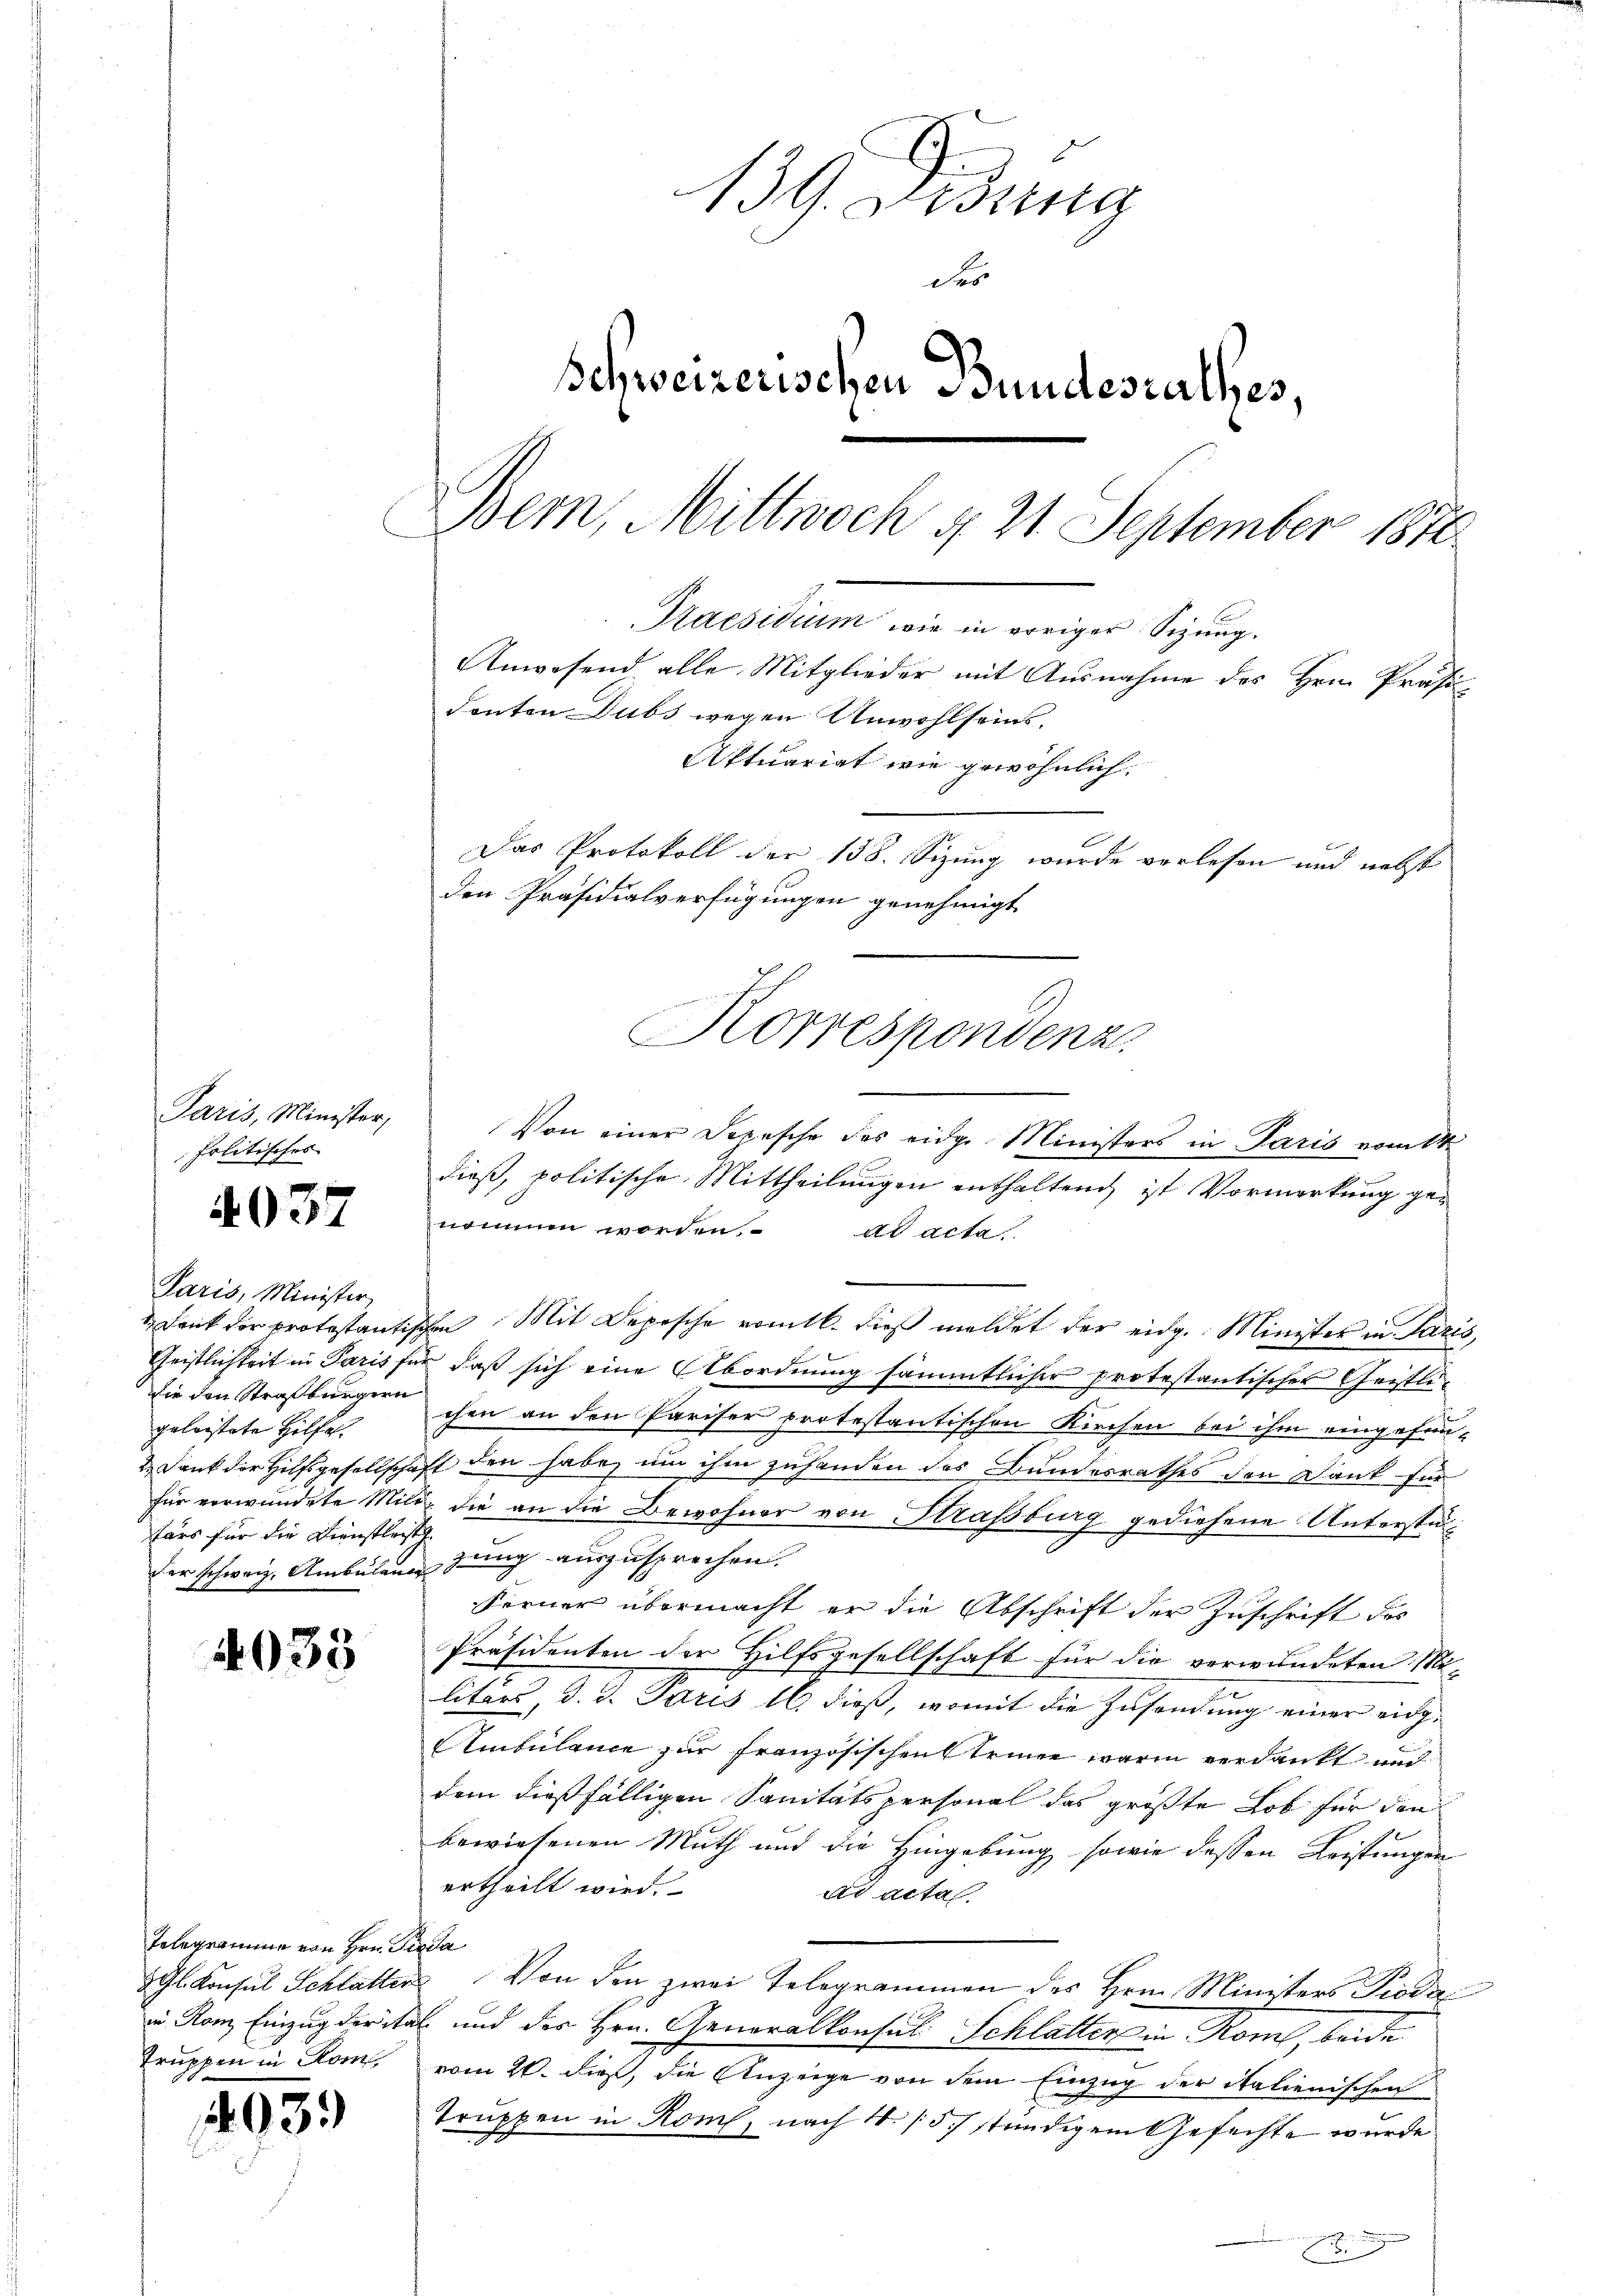
Paris, Minister,
politisches

Paris, Minister,
geleistete Hilfe.
färs für die Dienstleist

Telegramme von Hrn. Penda
Truppen in Rom

139. Didung
des
Schweizerischen Bundesrathes,
e
Bern, Mittwoch § 21 September 1870.
Praesidium wie in voriger Sizung.
Anwesend alle Mitglieder mit Ausnahme des Hrn. Präsidenten Dubs wegen Unwohlseins.
Aktuariat wie gewöhnlich.
Das Protokoll der 138. Sizung wurde verlesen und nebst
den Präsidialverfügungen genehmigt
Korrespondenz.

4037

4033

93.

dieß, politische Mittheilungen enthaltend, ist Vormerkung genommen worden. ad acta
 Dank der protestantischen Mit Depesche romtl. dieß meldet der eidg. Minister in Paris,
Geistlichkeit in Paris für daß sich eine Abordnung sämmtlicher protestantisches Geistlidie den Straßburgern ihm an den Pariser protestantischen Kirchen bei ihm eingefun¬
2. Dank der Hilfsgesellschaft den habe, um ihm zuhanden des Bundesrathes den Dank für
für verwundete Miliz die an die Bewohner von Straßburg gediehene Unterstüder schweiz. Ambulanzung auszusprechen.
Ferner übermacht er die Abschrift der Zuschrift des
Präsidenten der Hilfsgesellschaft für die verwundeten Mi-
litärs, d. J. Paris 16. dieß, womit die Zusendung einer eidge
Ambulance zur Französischen trinne waren verdankt und
dem dießfälligen Sanitätspersonal das größte Lob für den
bewiesenen Muth und die Hingebung sowie dessen Leistungen
ertheilt wird.
dr acta
Gl. Konsul Schlätter Von den zwei Telegrammen des Hrn. Ministers Pioda
in Rom Einzug der ital und der Hrn. Generalkonsul Schlatten in Rom, beide
vom 26. Diez, die Anzeige von dem Einzug der italienischen
Truppen in Rom, nach 1. /57 stündigem Gefechte wurde

Von einer Depesche des eidge Ministers in Paris vom 11t